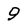
Character: 9